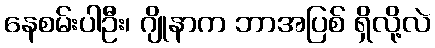
နေစမ်းပါဦး၊ ဂျိုနာက ဘာအပြစ် ရှိလို့လဲ